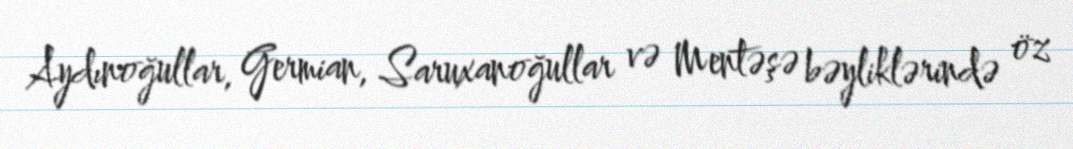
Aydınoğullar, Germian, Saruxanoğullar və Mentəşə bəyliklərində öz